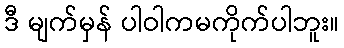
ဒီ မျက်မှန် ပါဝါကမကိုက်ပါဘူး။